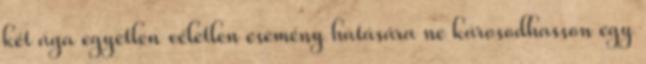
két ága egyetlen véletlen esemény hatására ne károsodhasson egy